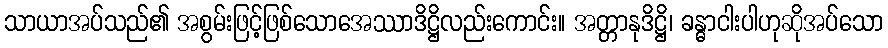
သာယာအပ်သည်၏ အစွမ်းဖြင့်ဖြစ်သောအေဿာဒိဋ္ဌိလည်းကောင်း။ အတ္တာနုဒိဋ္ဌိ၊ ခန္ဓာငါးပါဟုဆိုအပ်သော